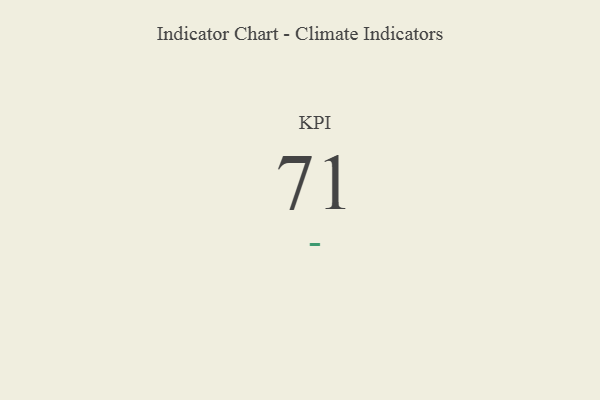
{"axis": {"x": "KPI", "y": "Value"}, "legend": [""], "data": [{"x": "KPI", "y": 71, "type": ""}]}